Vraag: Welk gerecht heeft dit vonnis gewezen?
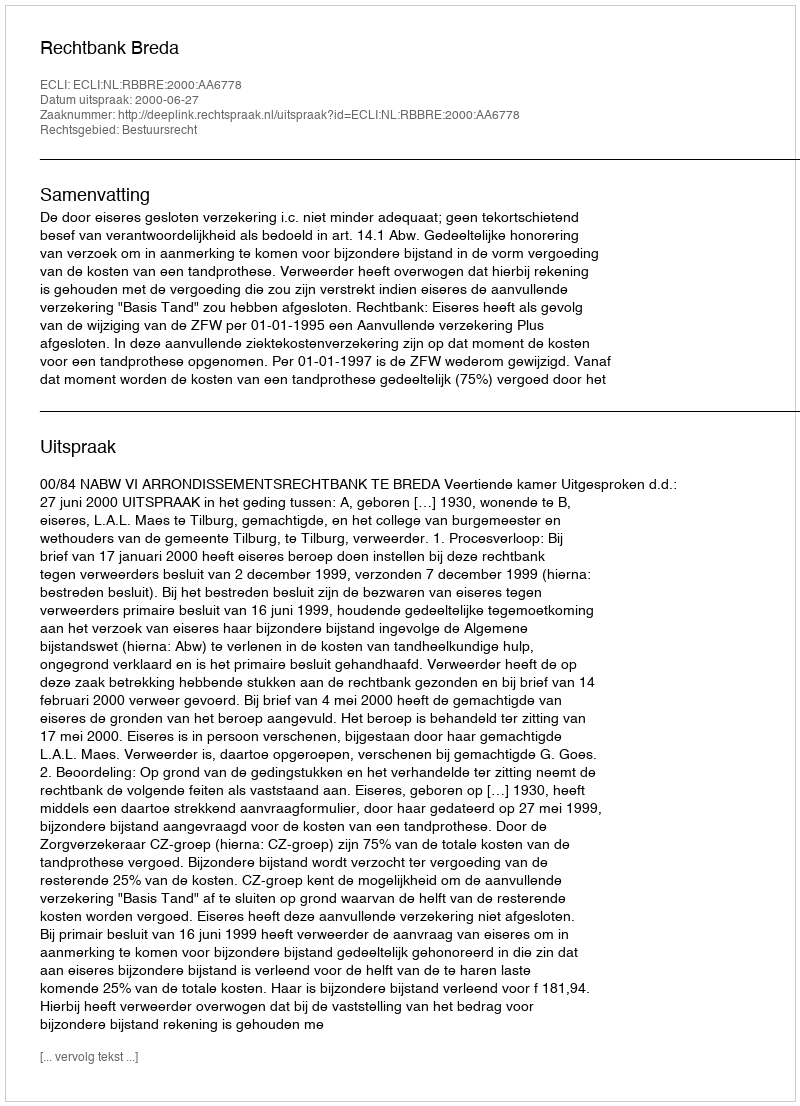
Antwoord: Rechtbank Breda